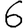
Digit: 6